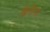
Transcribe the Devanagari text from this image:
कैरीसा